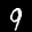
Label: 9